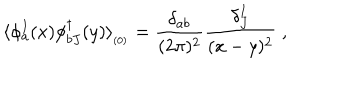
LaTeX: \langle \phi _ { a } ^ { I } ( x ) \phi _ { b J } ^ { \dagger } ( y ) \rangle _ { _ { ( 0 ) } } = \frac { \delta _ { a b } } { ( 2 \pi ) ^ { 2 } } \frac { \delta _ { J } ^ { I } } { ( x - y ) ^ { 2 } } \; ,